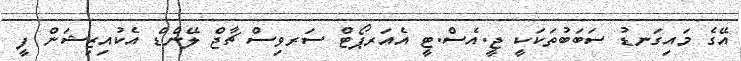
އޭގެ މައިގަނޑު ސަބަބުތަކަކީ ޖީ.އެސް.ޓީ އެއަރޕޯޓް ސަރވިސް ޗާޖް ލޭންޑް އެކުއިޒިޝަން ފީ